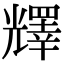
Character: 𠓋